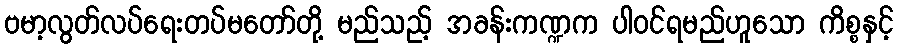
ဗမာ့လွတ်လပ်ရေးတပ်မတော်တို့ မည်သည့် အခန်းကဏ္ဍက ပါဝင်ရမည်ဟူသော ကိစ္စနှင့်